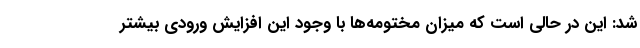
شد: این در حالی است که میزان مختومه‌ها با وجود این افزایش ورودی بیشتر